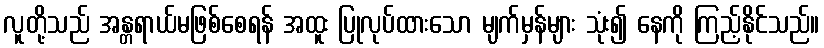
လူတို့သည် အန္တရာယ်မဖြစ်စေရန် အထူး ပြုလုပ်ထားသော မျက်မှန်များ သုံး၍ နေကို ကြည့်နိုင်သည်။